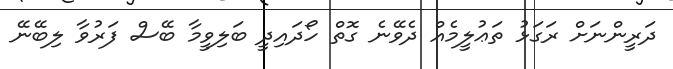
ދަރީންނަށް ރަގަޅު ތަޢުލީމެއް ދެވޭނެ ގޮތް ހޯދައިދީ ބަލިވީމާ ބޭސް ފަރުވާ ލިބޭނޭ